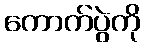
ကောက်ပွဲကို